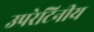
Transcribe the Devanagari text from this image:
उपरेटिनीय